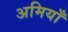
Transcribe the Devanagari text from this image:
अमियाँ